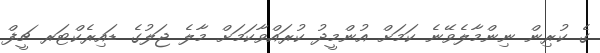
ގެ ކުރިން ނިންމާލެވޭނެ ކަމަށް އުންމީދު ކުރައްވާކަމަށް މާލެ ޖަލުގެ ޑައިރެކްޓަރ ޗީފް